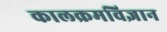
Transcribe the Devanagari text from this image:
कालक्रमविज्ञान